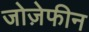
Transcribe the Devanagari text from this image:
जोज़ेफीन